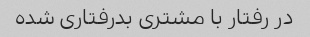
در رفتار با مشتری بدرفتاری شده